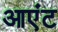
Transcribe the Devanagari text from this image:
आएंट